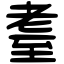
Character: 耋